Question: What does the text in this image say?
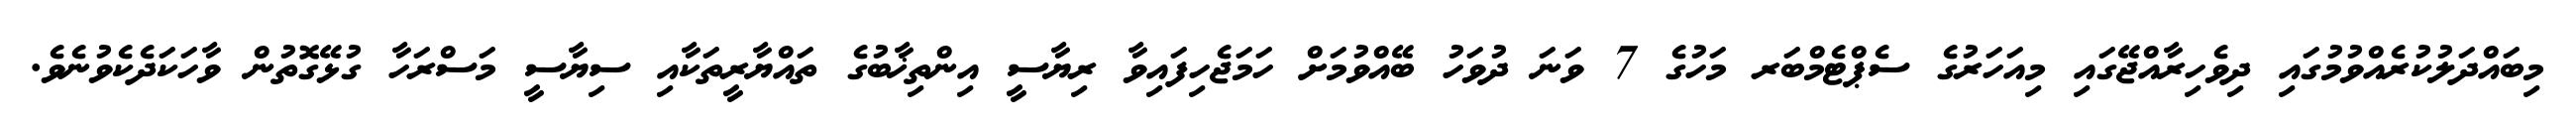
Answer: މިބައްދަލުކުރެއްވުމުގައި ދިވެހިރާއްޖޭގައި މިއަހަރުގެ ސެޕްޓެމްބަރ މަހުގެ 7 ވަނަ ދުވަހު ބޭއްވުމަށް ހަމަޖެހިފައިވާ ރިޔާސީ އިންތިޚާބުގެ ތައްޔާރީތަކާއި ސިޔާސީ މަސްރަހާ ގުޅޭގޮތުން ވާހަކަދެކެވުނެވެ.